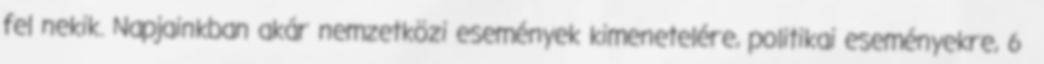
fel nekik. Napjainkban akár nemzetközi események kimenetelére, politikai eseményekre, 6